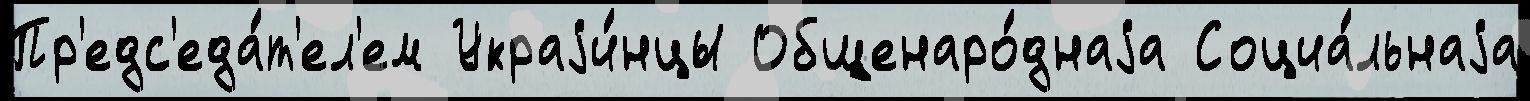
Пр'едс'еда́т'ел'ем Украjи́нцы Общенаро́днаjа Социа́льнаjа